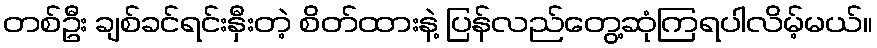
တစ်ဦး ချစ်ခင်ရင်းနှီးတဲ့ စိတ်ထားနဲ့ ပြန်လည်တွေ့ဆုံကြရပါလိမ့်မယ်။